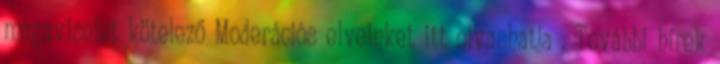
magaviselet kötelező Moderációs elveinket itt olvashatja . További hírek